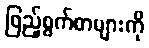
ဖြည့်စွက်စာများကို